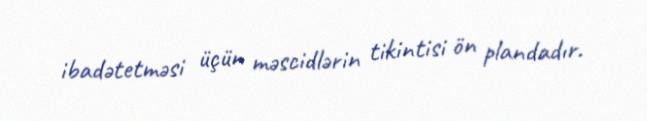
ibadətetməsi üçün məscidlərin tikintisi ön plandadır.